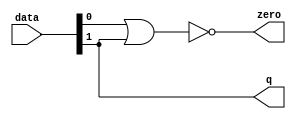
module  int16_float32_altpriority_encoder_3e8
	( 
	data,
	q,
	zero) ;
	input   [1:0]  data;
	output   [0:0]  q;
	output   zero;
	assign
		q = {data[1]},
		zero = (~ (data[0] | data[1]));
endmodule